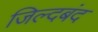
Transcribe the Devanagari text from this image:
जिल्दबंद